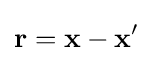
\mathbf {r} =\mathbf {x} -\mathbf {x'}